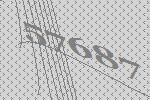
57687